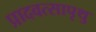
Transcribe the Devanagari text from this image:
प्रादवत्सापृथु